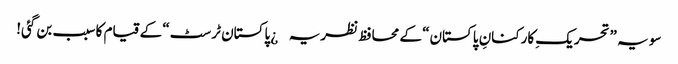
سو یہ ”تحریکِ کارکنانِ پاکستان“ کے محافظ نظریہ¿ پاکستان ٹرسٹ“ کے قیام کا سبب بن گئی!